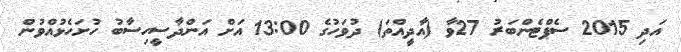
އަދި 2015 ސެޕްޓެންބަރު 27ވާ (އާދީއްތަ) ދުވަހުގެ 13:00 އަށް އަންދާސީހިސާބު ހުށަހެޅުއްވުން